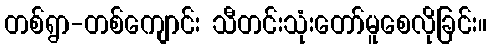
တစ်ရွာ-တစ်ကျောင်း သီတင်းသုံးတော်မူစေလိုခြင်း။